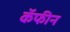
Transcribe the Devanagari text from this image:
कॅफीन